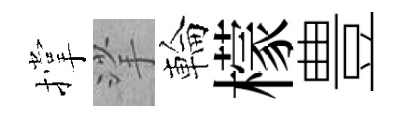
撑挲輪檬豊